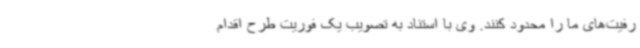
رفیت‌های ما را محدود کنند. وی با استناد به تصویب یک فوریت طرح اقدام